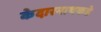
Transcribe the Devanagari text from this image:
केदारनाथकडे